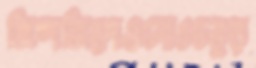
জিন্দজিহ্রদগুলোওচতুর